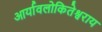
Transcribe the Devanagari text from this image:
आर्यावलोकितेश्वराय